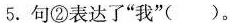
5.句②表达了”我”()。